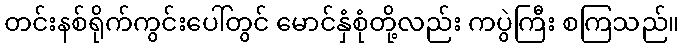
တင်းနစ်ရိုက်ကွင်းပေါ်တွင် မောင်နှံစုံတို့လည်း ကပွဲကြီး စကြသည်။